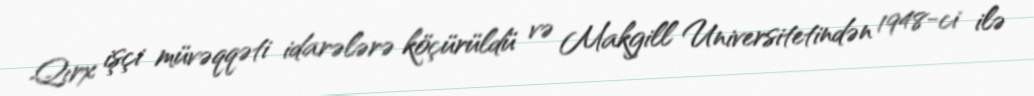
Qırx işçi müvəqqəti idarələrə köçürüldü və Makgill Universitetindən 1948-ci ilə